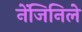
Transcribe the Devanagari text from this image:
नेंजिनिले